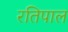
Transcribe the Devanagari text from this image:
रतिपाल